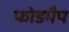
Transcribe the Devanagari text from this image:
फोडमैप